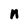
Character: n